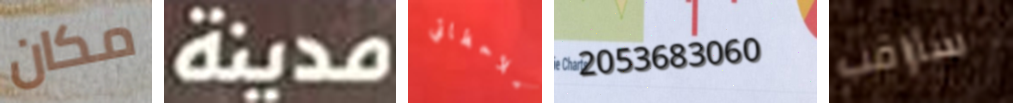
مكان مدينة ملاحظاتي 2053683060 سأراقب